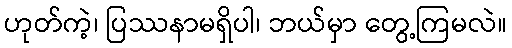
ဟုတ်ကဲ့၊ ပြဿနာမရှိပါ၊ ဘယ်မှာ တွေ့ကြမလဲ။